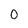
Character: 0